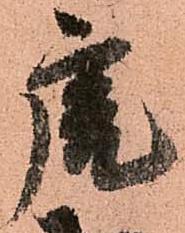
虎